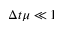
\Delta t \mu \ll 1